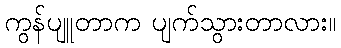
ကွန်ပျူတာက ပျက်သွားတာလား။